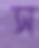
স